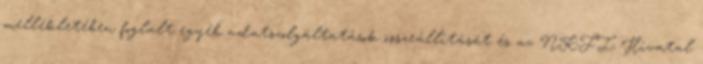
mellékletében foglalt egyéb adatszolgáltatások összeállítását és az NKFI Hivatal